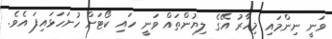
ވަނީ ނިންމައި މިހާރު އޭގެ ލިޔުންތައް ވަނީ ހައި ކޯޓަށް ހުށަހަޅައިފަ އެވެ.